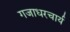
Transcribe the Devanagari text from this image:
गजाधरचार्य